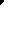
'